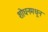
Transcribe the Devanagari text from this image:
शोधनमधून